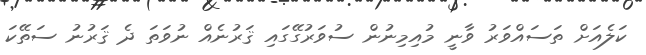
ކަލެއަށް ތަސައްވަރު ވާނީ މުއިމިނުން ސުވަރުގޭގައި ޤަރުނެއް ނުވަތަ ދެ ޤަރުނު ސަތޭކަ